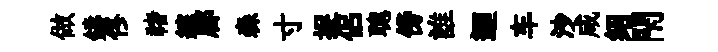
做鑄佟禇綜郿森寸捉侣聰傍誰逥车沙咸绍閇